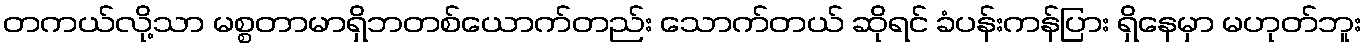
တကယ်လို့သာ မစ္စတာမာရှိဘတစ်ယောက်တည်း သောက်တယ် ဆိုရင် ခံပန်းကန်ပြား ရှိနေမှာ မဟုတ်ဘူး